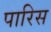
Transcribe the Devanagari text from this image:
पारिस